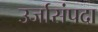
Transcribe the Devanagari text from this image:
उर्जासंपदा